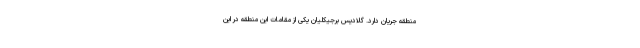
منطقه جریان دارد. گلادیس برجیکلیان یکی از مقامات این منطقه در این